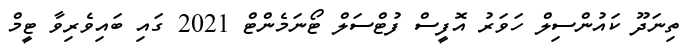
ތިނަދޫ ކައުންސިލް ހަވަރު އޮފީސް ފުޓްސަލް ޓޯނަމެންޓް 2021 ގައި ބައިވެރިވާ ޓީމް